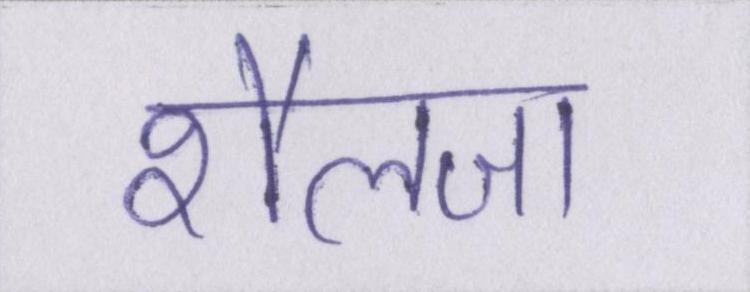
शैलजा